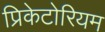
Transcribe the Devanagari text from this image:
प्रिकेटोरियम